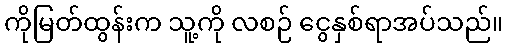
ကိုမြတ်ထွန်းက သူ့ကို လစဉ် ငွေနှစ်ရာအပ်သည်။